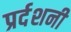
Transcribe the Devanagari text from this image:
प्रर्दशनी